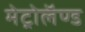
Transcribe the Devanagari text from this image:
मेट्रोलॅण्ड